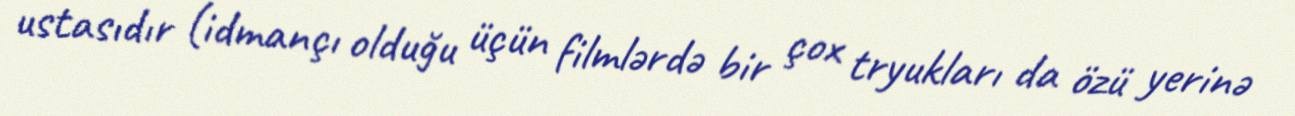
ustasıdır (idmançı olduğu üçün filmlərdə bir çox tryukları da özü yerinə